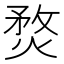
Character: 𤋄